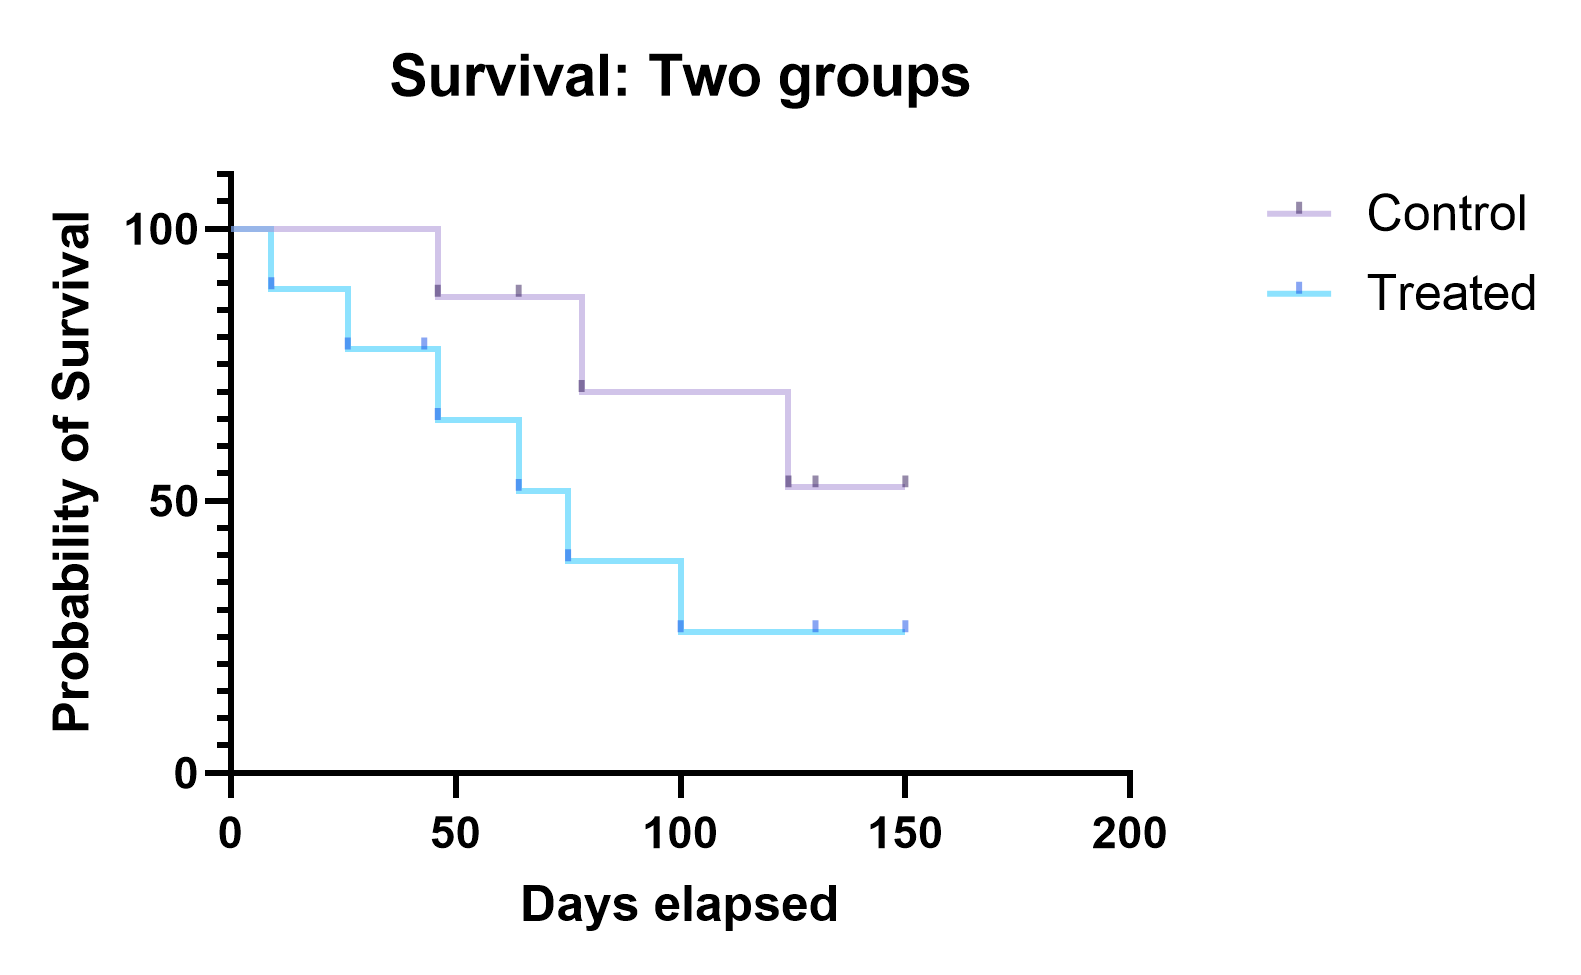
graphpad, survival, two groups, staircase with ticks